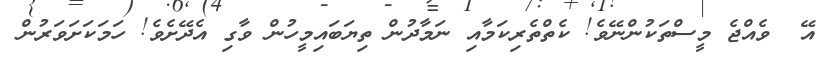
އޭ  ވެއްޖެ މީސްތަކުންނޭވެ! ކެތްތެރިކަމާއި ނަމާދުން ތިޔަބައިމީހުން ވާގި އެދޭށެވެ! ހަމަކަށަވަރުން